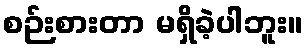
စဉ်းစားတာ မရှိခဲ့ပါဘူး။